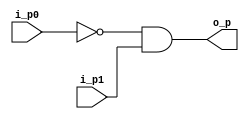
module problem3(
  input  [15:0]  i_p0,
  input  [15:0]  i_p1,
  output [15:0]  o_p
);

  wire [15:0] w_p0;

  assign w_p0 = ~i_p0;
  assign o_p = w_p0 & i_p1;

endmodule